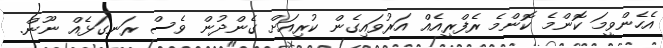
އެހެންވީމަ ކޮންމެ ކޮންމެ ރެފްރީއެއް އަރުވައިގެން ކުރިއަށް ގެންދުން ވެސް ރަނގަޅެއް ނޫން.